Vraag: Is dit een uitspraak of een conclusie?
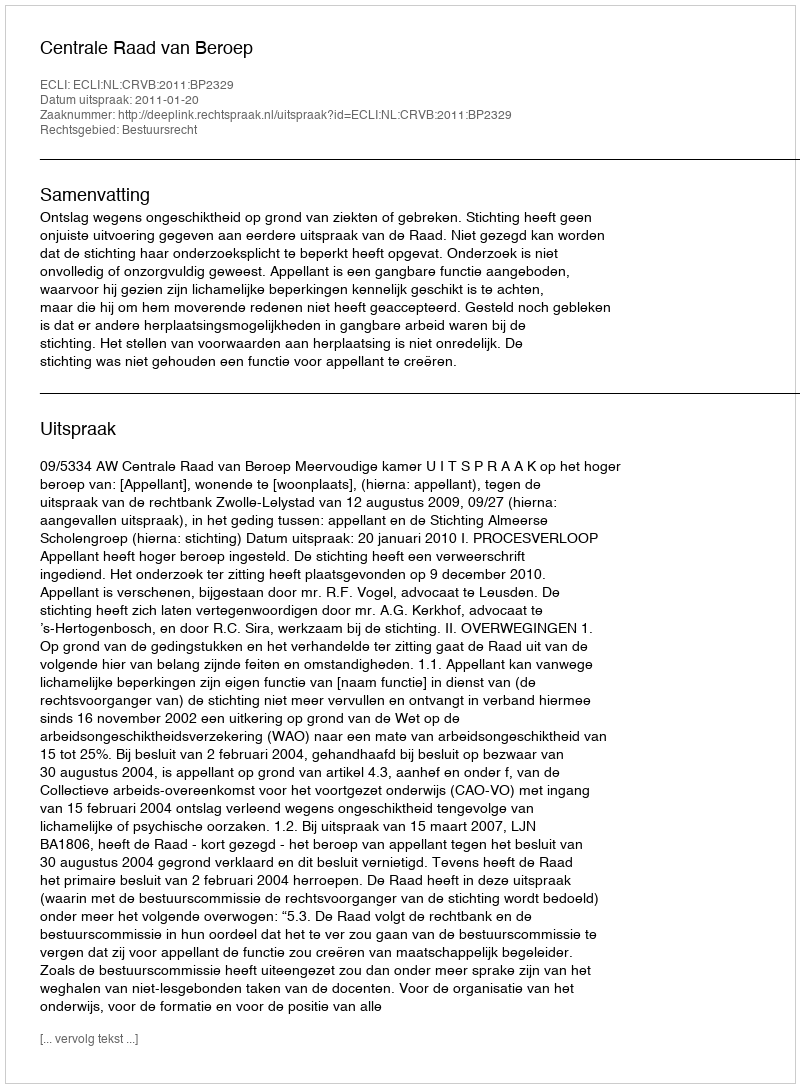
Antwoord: Uitspraak